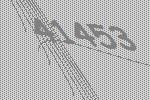
41453